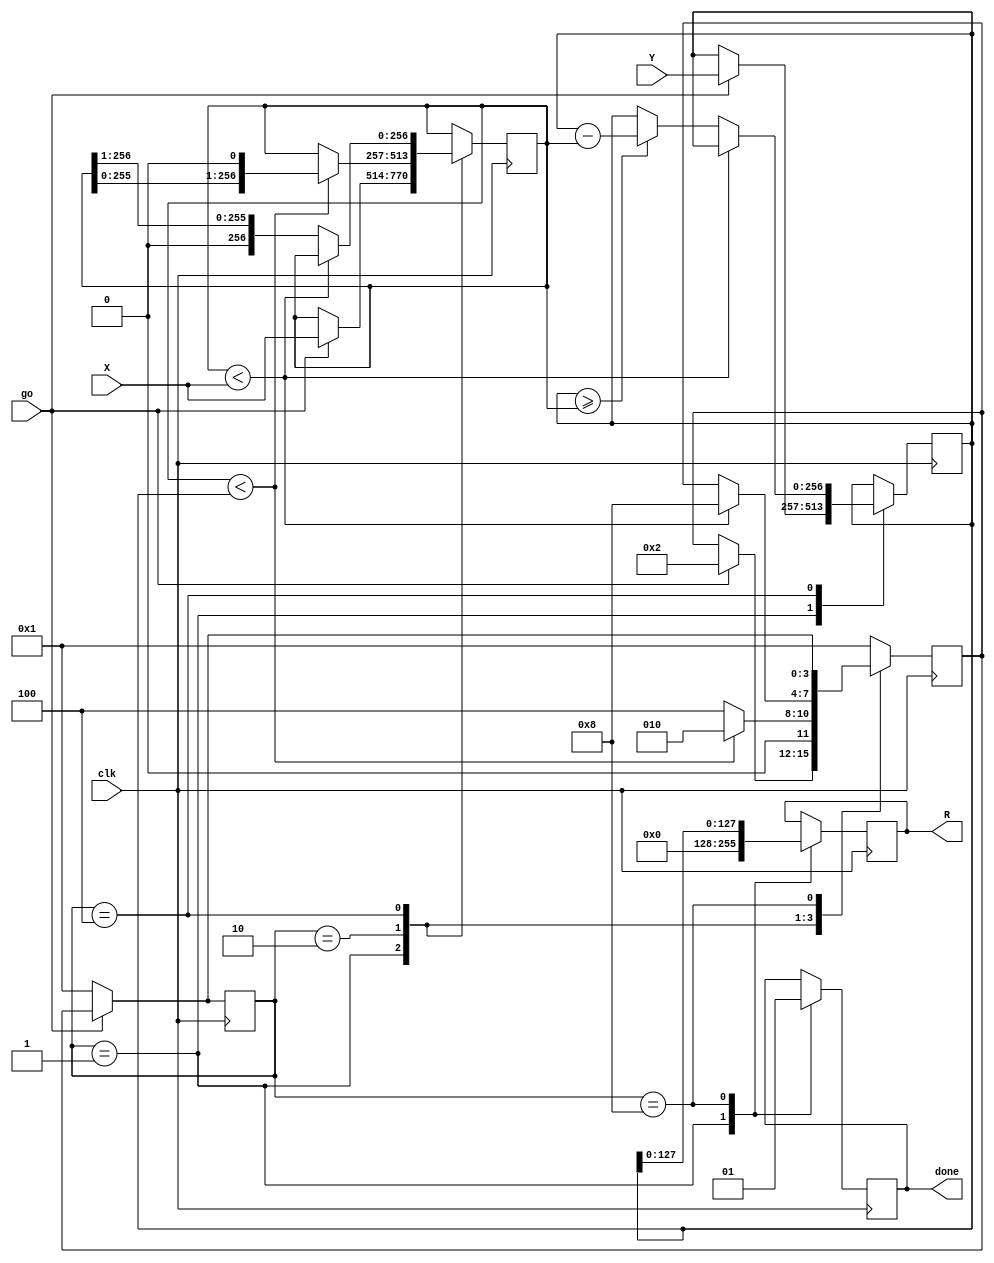
`timescale 1ns / 1ps
//////////////////////////////////////////////////////////////////////////////////
// Portland State University, ECE 540 Embedded System
// Project 3: RSA Encryption 
// Copyright by Dung Le
//
// Design Name: 
// Module Name:    mod 
// Project Name: 
// Target Devices: 
// Tool versions: 
// Description: auxiliary "mod" for testing, obsoleted with Montgomery math 
// Algorithm:
//    p = x
//    while( p < y ):
//        p = p << 1;                
//    while( p >= x ):
//        if y >= p:
//            y = y - p;
//            print y
//        p = p >> 1;        
 //   return y
//
// Dependencies: 
//
// Revision: 
// Revision 0.01 - File Created
// Additional Comments: 
//
//////////////////////////////////////////////////////////////////////////////////
`define BITS 128
`define DOUBLEBITS 256


module mod(
input [`DOUBLEBITS:0] X,
input [`DOUBLEBITS:0] Y,
input clk,
input go,

output reg [`BITS-1:0] R,
output reg done
);

	parameter RESET  = 4'b0001;
	parameter INIT = 4'b0010;	
	parameter LOOP   = 4'b0100;
	parameter DONE   = 4'b1000;
	
	reg [3:0] current_state, next_state = 0;
	
	reg [`DOUBLEBITS:0] Y_reg;
	reg [`DOUBLEBITS:0] P;

	always @( posedge clk ) begin
		if( ~go )
			current_state <= RESET;
		else
			current_state <= next_state;	
	end

	always @ (posedge clk) begin
		case (current_state)
			RESET:  //
				begin			
					done <= 0;
					R <= 0;					
					if (go) begin
						next_state <= INIT;
						P <= X;
						Y_reg <= Y;
					end
				end
			INIT:
				begin
					if (P < Y_reg) begin
						P <= P << 1;
						next_state <= INIT;
					end	
					else begin
						P <= P;
						next_state <= LOOP;						
					end
				end
			LOOP:
				begin
					if (P < X)
						next_state <= DONE;
					else begin
						if (Y_reg >= P) begin						
							Y_reg <= Y_reg - P;						
						end
						P <= P >> 1;
					end	
				end
			DONE:
				begin					
					done <= 1;
					R <= Y_reg[`BITS-1:0];
					if (~go)
						next_state <= RESET;
				end
			default:
				next_state <= RESET;
		endcase
	end

endmodule